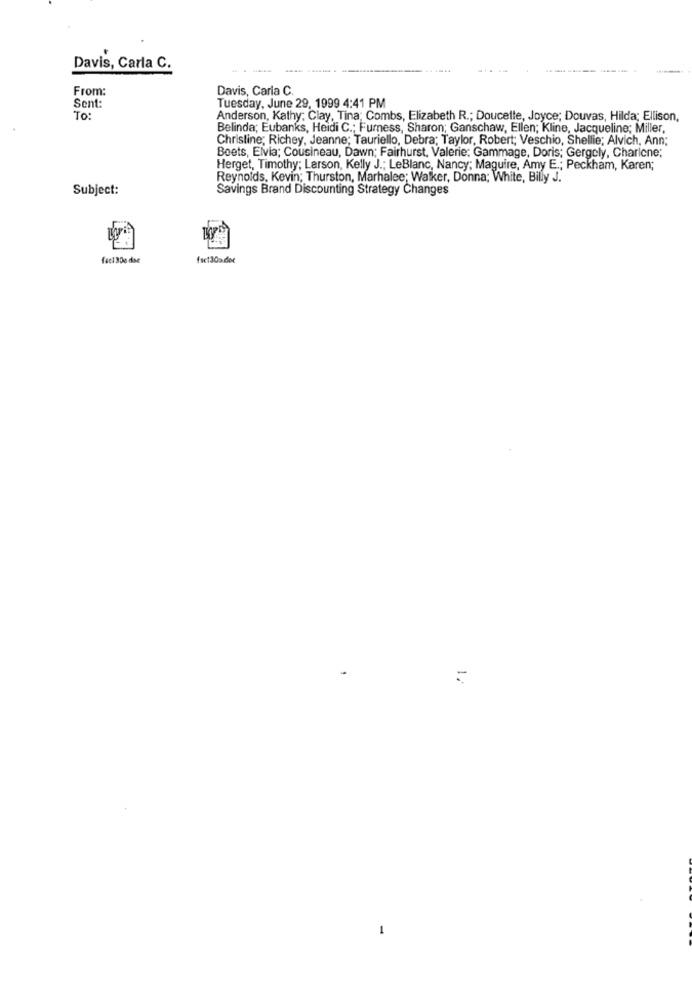
Davis, Carla C.
From:
Davis, Carla C.
Sent:
Tuesday, June 29, 1999 4:41 PM
To:
Anderson, Kathy: Clay, Tina; Combs, Elizabeth R .; Doucelle, Joyce; Douvas, Hilda; Ellison,
Belinda; Eubanks, Heidi C .; Furness, Sharon; Ganschaw, Ellen; Kline, Jacqueline; Miller,
Christine; Richey, Jeanne; Tauriello, Debra; Taylor, Robert; Veschio, Shellie; Alvich, Ann;
Beets, Elvia; Cousineau, Dawn; Fairhurst, Valerie: Gammage, Doris; Gergely, Charlene;
Herget, Timothy; Larson, Kelly J .: LeBlanc, Nancy; Maguire, Amy E .; Peckham, Karen;
Reynolds, Kevin; Thurston, Marhalee; Walker, Donna; White, Billy J.
Subject:
Savings Brand Discounting Strategy Changes
fsc130> der
1.
1